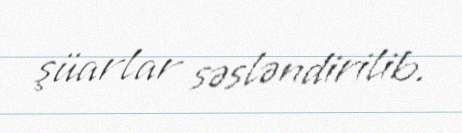
şüarlar səsləndirilib.